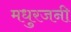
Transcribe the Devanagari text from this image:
मधुरजनी